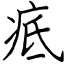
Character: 疧